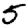
Digit: 5